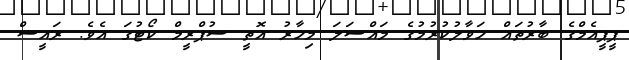
ޕީޕީއެމްގެ ބާރުތައް ހަވާލުކުރުމުގެ މައްސަލަ މިހާރު އޮތީ ސުޕްރީމް ކޯޓުގަ އެވެ. ރައީސް